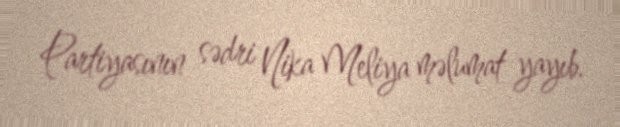
Partiyasının sədri Nika Meliya məlumat yayıb.